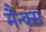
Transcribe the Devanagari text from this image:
मैन्क्स